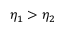
\eta _ { 1 } > \eta _ { 2 }